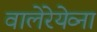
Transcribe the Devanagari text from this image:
वालेरेयेव्ना